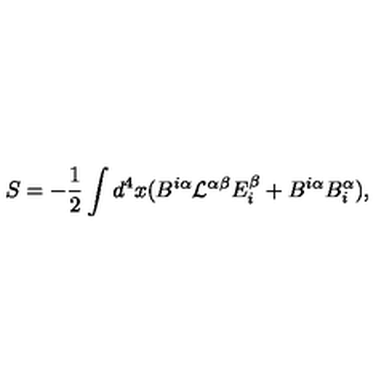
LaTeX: S = - { \frac { 1 } { 2 } } \int d ^ { 4 } x ( B ^ { i \alpha } { \cal L } ^ { \alpha \beta } E _ { i } ^ { \beta } + B ^ { i \alpha } B _ { i } ^ { \alpha } ) ,